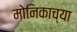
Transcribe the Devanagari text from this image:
मोनिकाच्या